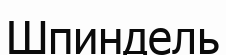
Шпиндель